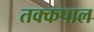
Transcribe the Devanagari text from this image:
तक्कपाल